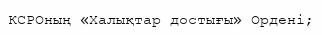
КСРОның «Халықтар достығы» Ордені;